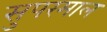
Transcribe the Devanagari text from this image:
सुपरमाल